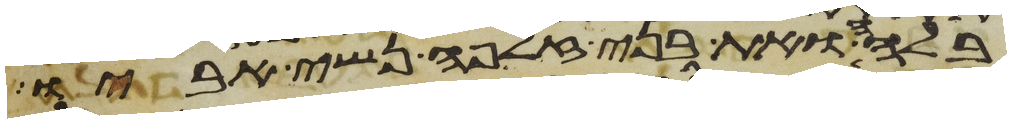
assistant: בלהה ואת בני זלפה נשי אביו